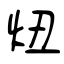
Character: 炄